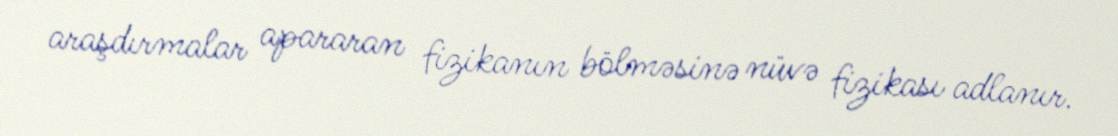
araşdırmalar apararan fizikanın bölməsinə nüvə fizikası adlanır.